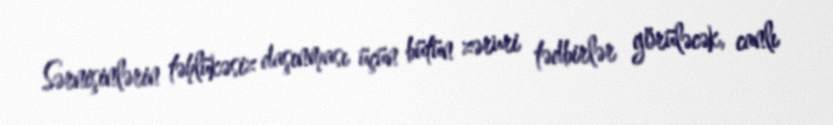
Sərnişinlərin təhlükəsiz daşınması üçün bütün zəruri tədbirlər görüləcək, canlı